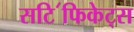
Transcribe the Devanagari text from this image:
सटि॔फिकेट्स